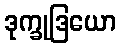
ဒုက္ခုဒြယော